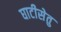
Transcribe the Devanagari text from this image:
घाटीसेतु